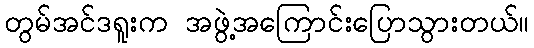
တွမ်အင်ဒရူးက အဖွဲ့အကြောင်းပြောသွားတယ်။